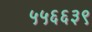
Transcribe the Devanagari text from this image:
५५६६३९